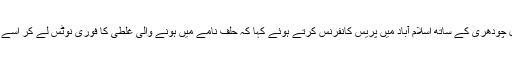
وفاقی وزیر مذہبی امور سردار یوسف نے وزیر مملکت برائے داخلہ طلال چودھری کے ساتھ اسلام آباد میں پریس کانفرنس کرتے ہوئے کہا کہ حلف نامے میں ہونے والی غلطی کا فوری نوٹس لے کر اسے دورکیا گیا دھرنے کے شرکا دھرنا ختم کرکے نظم و نسق کو چلنے دیں۔